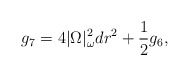
\begin{align*} g_7 = 4|\Omega|_\omega^2 dr^2 + \frac{1}{2} g_6,\end{align*}